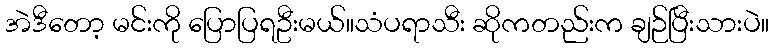
အဲဒီတော့ မင်းကို ပြောပြရဦးမယ်။သံပရာသီး ဆိုကတည်းက ချဉ်ပြီးသားပဲ။